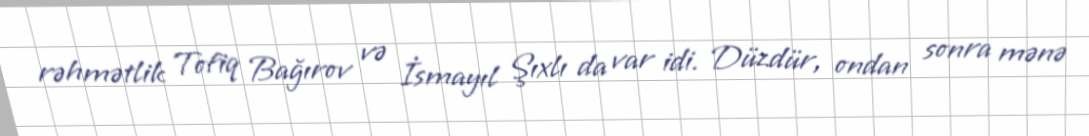
rəhmətlik Tofiq Bağırov və İsmayıl Şıxlı da var idi. Düzdür, ondan sonra mənə